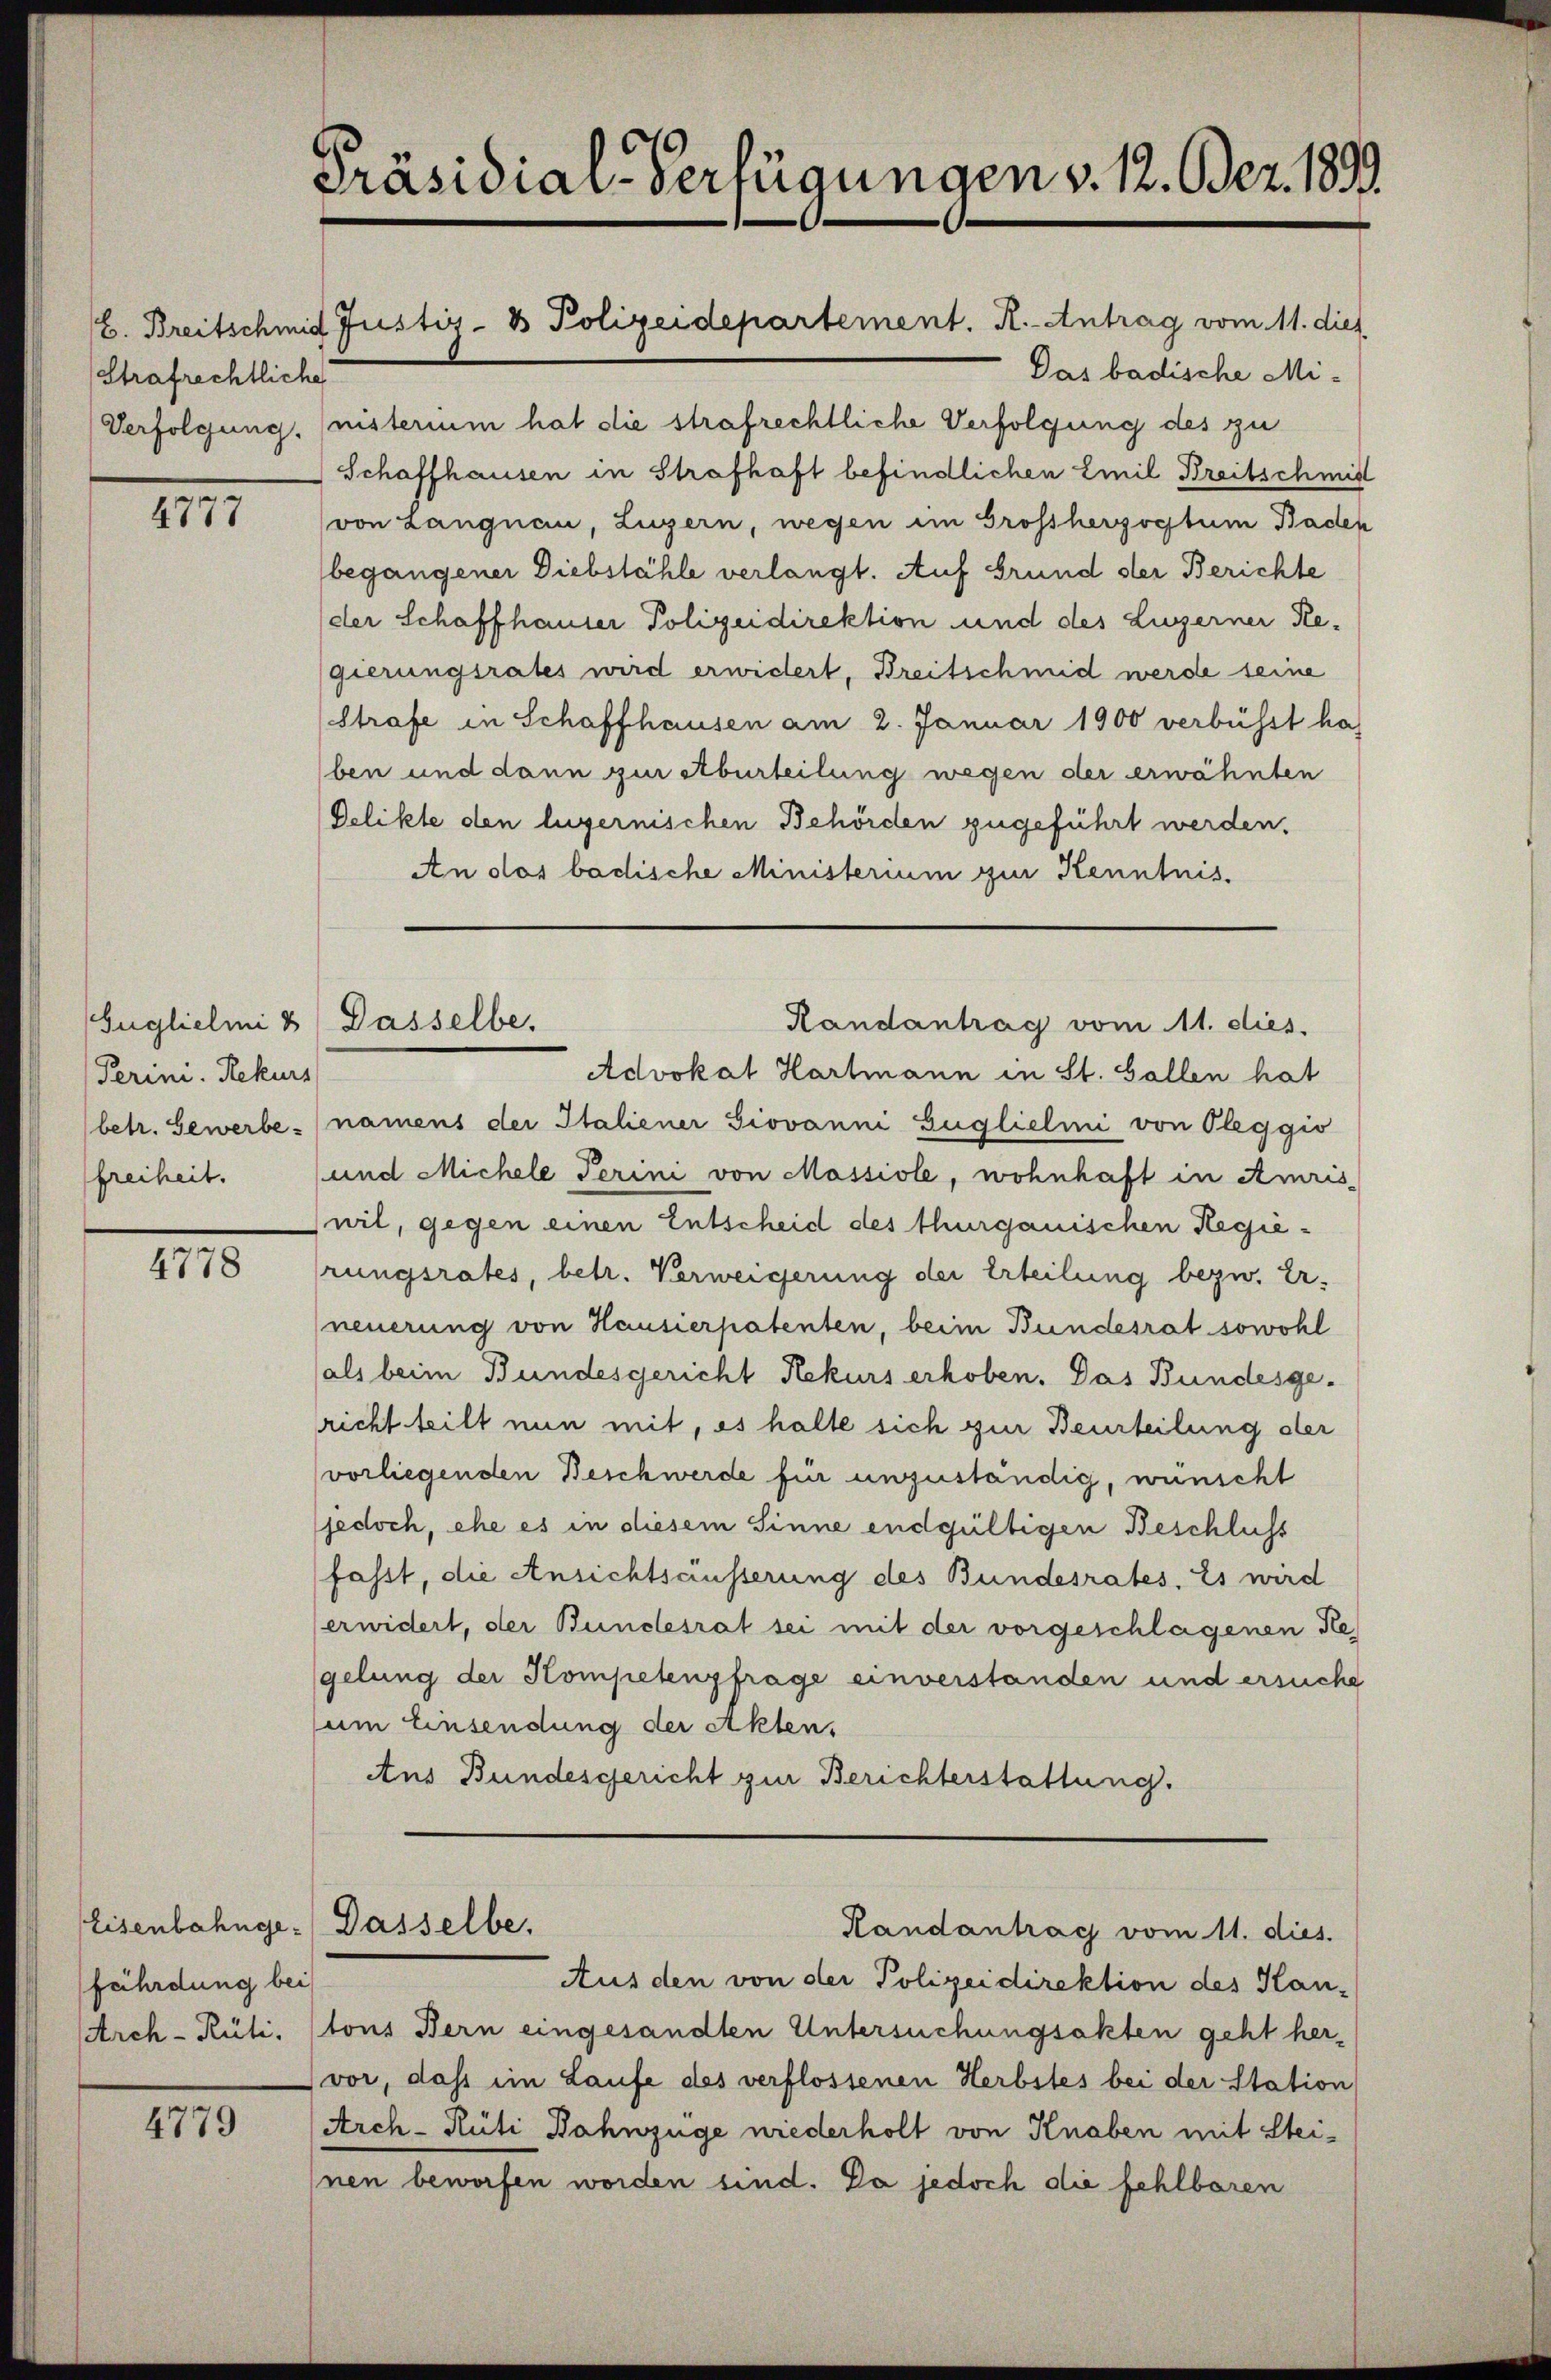
B. Breitschmid
Strafrechtliche
Verfolgung.

.
4717

Perini, Rekurs
freiheit.

4778

Eisenbahngefährdung bei

4779

Präsidial-Verfügungen v. 12. Bez. 1893.

Euglichini & (Passelbe,

Das badische Ministerium hat die strafrechtliche Verfolgung des zu
Schaffhausen in Strafhaft befindlichen Emil Breitschmidt
von Langnau, Luzern, wegen im Grossherzogtum Baden
begangener Diebstähle verlangt. Auf Grund der Berichte
der Schaffhauser Polizeidirektion und des Luzerner Regierungsrates wird erwidert, Breitschmid werde seine
Strafe in Schaffhausen am 2. Januar 1900 verbüsst ha
ben und dann zur Aburteilung wegen der erwähnten
Delikte den lugernischen Behörden zugeführt werden.
An das badische Ministerium zur Kenntnis.
Randantrag vom 11. dies
Advokat Hartmann in St. Gallen hat
(betr. Gewerbe (namens der Italiener Giovanni Lugliclini von Oleggio
und Michele Perini von Massiole, wohnhaft in Amris
wil, gegen einen Entscheid des thurgauischen Regierungsrates, betr. Verweigerung der Erteilung bezw. Er-
neuerung von Hausierpatenten, beim Bundesrat sowohl
als beim Bundesgericht Rekurs erhoben. Das Bundesge-
richt teilt nun mit, es halte sich zur Beurteilung der
vorliegenden Beschwerde für unzuständig, wünscht
(jedoch, ehe es in diesem Sinne endgültigen Beschluss
fasst, die Ansichtsäusserung des Bundesrates. Es wird
erwidert, der Bundesrat sei mit der vorgeschlagenen Ke
gelung der Kompetenzfrage einverstanden und ersuche
um Einsendung der Akten,
Ans Bundesgericht zur Berichterstattung.

Dasselbe,

Justiz- & Polizeidepartement. R.-Antrag vom 11. dies

Aus den von der Polizeidirektion des Han-
Arch-Rüti, tous Bern eingesandten Untersuchungsakten geht hervor, dass im Laufe des verflossenen Herbstes bei der Station
Arch-Rüti Bahnzüge wiederholt von Knaben mit Steinen beworfen worden sind. Da jedoch die fehlbaren

Handantrag vom 11. dies